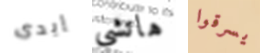
إيدى هاتشي يسرقوا